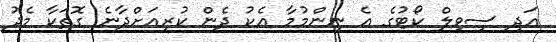
އަދި ސިވިލް ކޯޓުގެ އެ ނިންމުމާ އެކު ދެން ކުރިއަށްދާނެ ގޮތަކާ މެދު